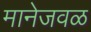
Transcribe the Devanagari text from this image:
मानेजवळ